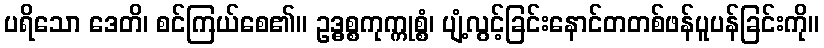
ပရိသော ဒေတိ၊ စင်ကြယ်စေ၏။ ဥဒ္ဓစ္စကုက္ကုစ္စံ၊ ပျံ့လွင့်ခြင်းနောင်တတစ်ဖန်ပူပန်ခြင်းကို။